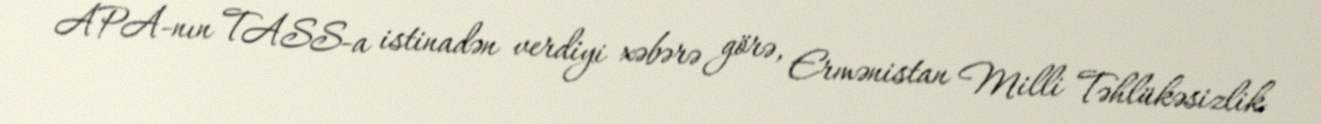
APA-nın TASS-a istinadən verdiyi xəbərə görə, Ermənistan Milli Təhlükəsizlik